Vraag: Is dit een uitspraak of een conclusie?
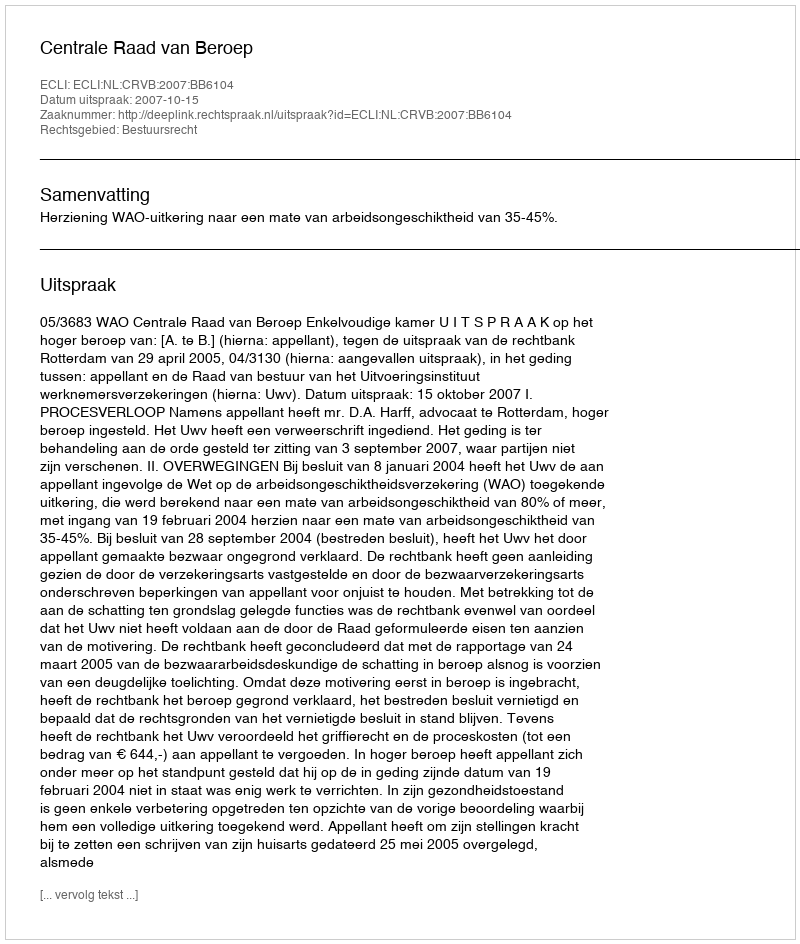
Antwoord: Uitspraak